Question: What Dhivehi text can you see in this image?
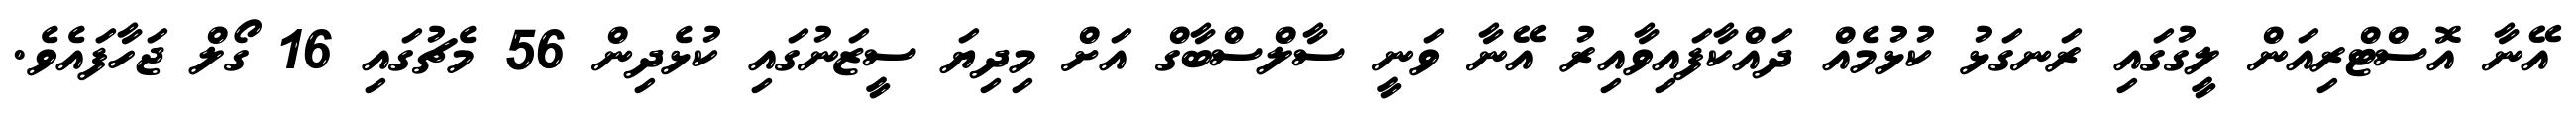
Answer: އޭނާ އޮސްޓްރިއަން ލީގުގައި ރަނގަޅު ކުޅުމެއް ދައްކާފައިވާއިރު އޭނާ ވަނީ ސާލްސްބާގް އަށް މިދިޔަ ސީޒަނުގައި ކުޅެދިން 56 މެޗުގައި 16 ގޯލް ޖަހާފައެވެ.